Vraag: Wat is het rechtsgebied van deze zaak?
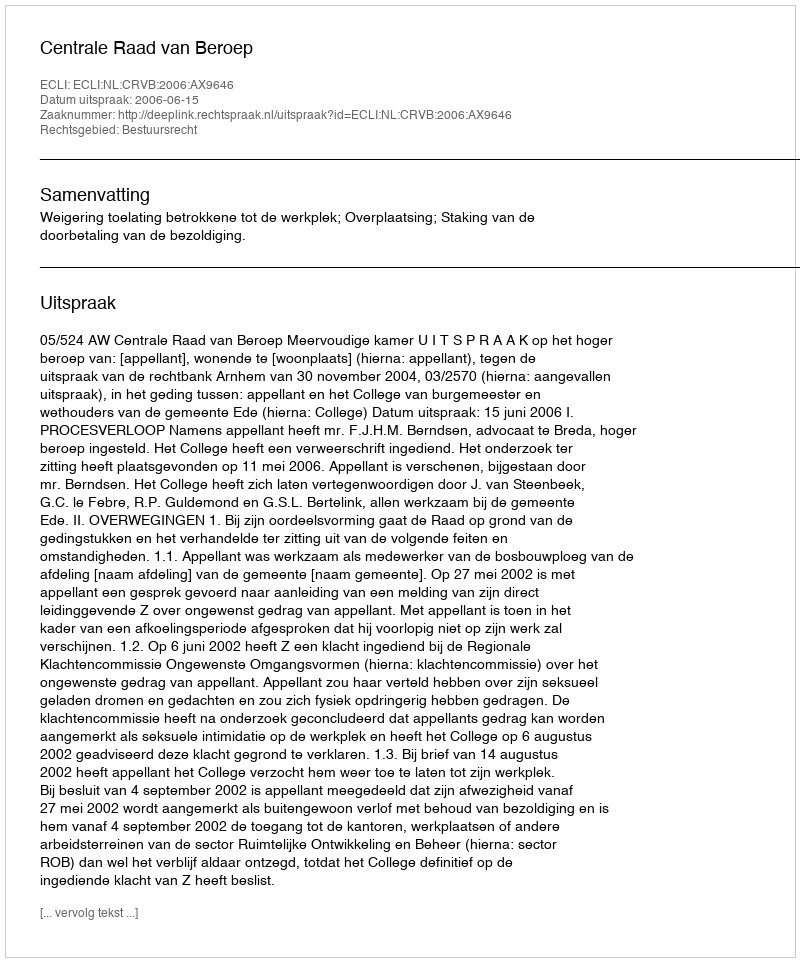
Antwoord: Bestuursrecht